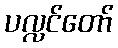
ပလ္လင်တော်